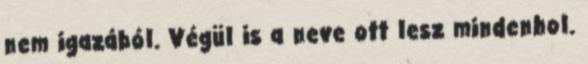
nem igazából. Végül is a neve ott lesz mindenhol.